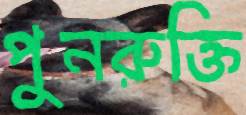
পুনরুক্তি